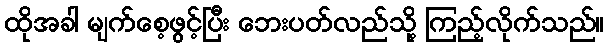
ထိုအခါ မျက်စေ့ဖွင့်ပြီး ဘေးပတ်လည်သို့ ကြည့်လိုက်သည်။